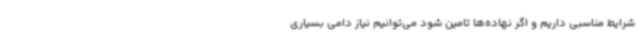
شرایط مناسبی داریم و اگر نهاده‌ها تامین شود می‌توانیم نیاز دامی بسیاری